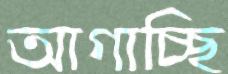
আগাচ্ছি